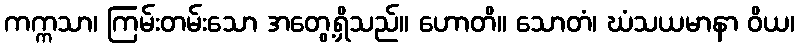
ကက္ကသာ၊ ကြမ်းတမ်းသော အတွေ့ရှိသည်။ ဟောတိ။ သောတံ၊ ဃံသယမာနာ ဝိယ၊